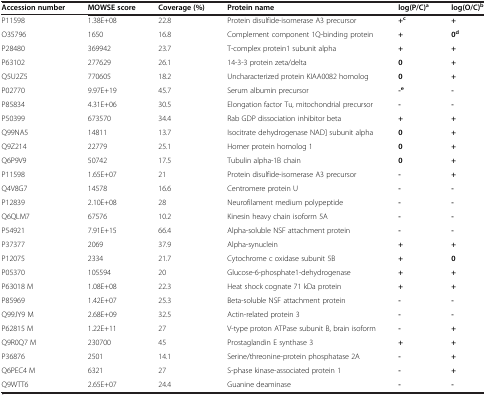
<table><thead><tr><td><b>Accession number</b></td><td><b>MOWSE score</b></td><td><b>Coverage (%)</b></td><td><b>Protein name</b></td><td><b>log(P/C)<sup>a</sup></b></td><td><b>log(O/C)<sup>b</sup></b></td></tr></thead><tbody><tr><td>P11598</td><td>1.38E+08</td><td>22.8</td><td>Protein disulfide-isomerase A3 precursor</td><td><b>+</b><sup><b>c</b></sup></td><td><b>+</b></td></tr><tr><td>O35796</td><td>1650</td><td>16.8</td><td>Complement component 1Q-binding protein</td><td><b>+</b></td><td><b>0</b><sup><b>d</b></sup></td></tr><tr><td>P28480</td><td>369942</td><td>23.7</td><td>T-complex protein1 subunit alpha</td><td><b>+</b></td><td><b>+</b></td></tr><tr><td>P63102</td><td>277629</td><td>26.1</td><td>14-3-3 protein zeta/delta</td><td><b>0</b></td><td><b>+</b></td></tr><tr><td>Q5U2Z5</td><td>770605</td><td>18.2</td><td>Uncharacterized protein KIAA0082 homolog</td><td><b>0</b></td><td><b>+</b></td></tr><tr><td>P02770</td><td>9.97E+19</td><td>45.7</td><td>Serum albumin precursor</td><td><b>-</b><sup><b>e</b></sup></td><td><b>-</b></td></tr><tr><td>P85834</td><td>4.31E+06</td><td>30.5</td><td>Elongation factor Tu, mitochondrial precursor</td><td><b>-</b></td><td><b>-</b></td></tr><tr><td>P50399</td><td>673570</td><td>34.4</td><td>Rab GDP dissociation inhibitor beta</td><td><b>+</b></td><td><b>+</b></td></tr><tr><td>Q99NA5</td><td>14811</td><td>13.7</td><td>Isocitrate dehydrogenase NAD] subunit alpha</td><td><b>0</b></td><td><b>+</b></td></tr><tr><td>Q9Z214</td><td>22779</td><td>25.1</td><td>Homer protein homolog 1</td><td><b>0</b></td><td><b>+</b></td></tr><tr><td>Q6P9V9</td><td>50742</td><td>17.5</td><td>Tubulin alpha-1B chain</td><td><b>0</b></td><td><b>+</b></td></tr><tr><td>P11598</td><td>1.65E+07</td><td>21</td><td>Protein disulfide-isomerase A3 precursor</td><td><b>-</b></td><td><b>+</b></td></tr><tr><td>Q4V8G7</td><td>14578</td><td>16.6</td><td>Centromere protein U</td><td><b>-</b></td><td><b>-</b></td></tr><tr><td>P12839</td><td>2.10E+08</td><td>28</td><td>Neurofilament medium polypeptide</td><td><b>-</b></td><td><b>-</b></td></tr><tr><td>Q6QLM7</td><td>67576</td><td>10.2</td><td>Kinesin heavy chain isoform 5A</td><td><b>-</b></td><td><b>-</b></td></tr><tr><td>P54921</td><td>7.91E+15</td><td>66.4</td><td>Alpha-soluble NSF attachment protein</td><td><b>-</b></td><td><b>-</b></td></tr><tr><td>P37377</td><td>2069</td><td>37.9</td><td>Alpha-synuclein</td><td><b>+</b></td><td><b>+</b></td></tr><tr><td>P12075</td><td>2334</td><td>21.7</td><td>Cytochrome c oxidase subunit 5B</td><td><b>+</b></td><td><b>0</b></td></tr><tr><td>P05370</td><td>105594</td><td>20</td><td>Glucose-6-phosphate1-dehydrogenase</td><td><b>+</b></td><td><b>+</b></td></tr><tr><td>P63018 M</td><td>1.08E+08</td><td>22.3</td><td>Heat shock cognate 71 kDa protein</td><td><b>+</b></td><td><b>+</b></td></tr><tr><td>P85969</td><td>1.42E+07</td><td>25.3</td><td>Beta-soluble NSF attachment protein</td><td><b>-</b></td><td><b>-</b></td></tr><tr><td>Q99JY9 M</td><td>2.68E+09</td><td>32.5</td><td>Actin-related protein 3</td><td><b>-</b></td><td><b>-</b></td></tr><tr><td>P62815 M</td><td>1.22E+11</td><td>27</td><td>V-type proton ATPase subunit B, brain isoform</td><td><b>-</b></td><td><b>+</b></td></tr><tr><td>Q9R0Q7 M</td><td>230700</td><td>45</td><td>Prostaglandin E synthase 3</td><td><b>+</b></td><td><b>+</b></td></tr><tr><td>P36876</td><td>2501</td><td>14.1</td><td>Serine/threonine-protein phosphatase 2A</td><td><b>-</b></td><td><b>+</b></td></tr><tr><td>Q6PEC4 M</td><td>6321</td><td>27</td><td>S-phase kinase-associated protein 1</td><td><b>-</b></td><td><b>+</b></td></tr><tr><td>Q9WTT6</td><td>2.65E+07</td><td>24.4</td><td>Guanine deaminase</td><td><b>-</b></td><td><b>-</b></td></tr></tbody></table>